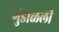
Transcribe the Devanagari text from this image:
गुंडाळली